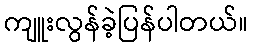
ကျူးလွန်ခဲ့ပြန်ပါတယ်။